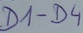
Text: D1-D4